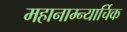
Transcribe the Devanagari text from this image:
महानाम्न्यार्चिक